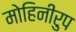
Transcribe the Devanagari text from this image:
मोहिनीरुप